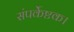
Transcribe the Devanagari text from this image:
संपर्केष्टक।